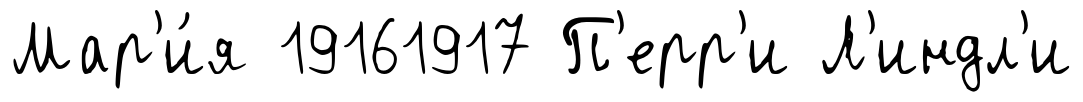
Мар'и́я 19161917 П'ерр'и Л'индл'и